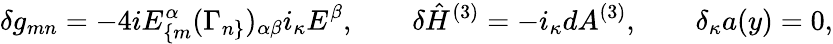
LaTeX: \delta g_{mn}=-4iE_{\{ m}^{\alpha}(\Gamma_{n\} })_{\alpha\beta}i_{\kappa}E^{\beta},\qquad\delta\hat{H}^{(3)}=-i_{\kappa}dA^{(3)},\qquad\delta_{\kappa}a(y)=0,